Report on vaccination in the Province of Bengal - 1869-1873
Year: 1869
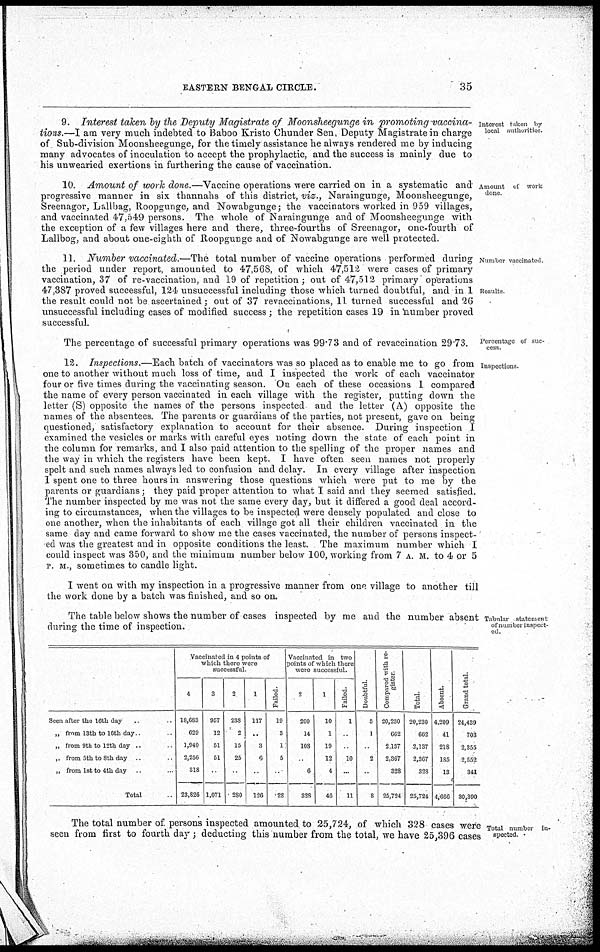
EASTERN BENGAL CIRCLE.
35
Interest taken by
local authorities.
9. Interest taken by the Deputy Magistrate of Moonsheegunge in promoting vaccina-
tions.—I am very much indebted to Baboo Kristo Chunder Sen, Deputy Magistrate in charge
of Sub-division Moonsheegunge, for the timely assistance he always rendered me by inducing
many advocates of inoculation to accept the prophylactic, and the success is mainly due to
his unwearied exertions in furthering the cause of vaccination.
Amount of work
done
10. Amount of work done.—Vaccine operations were carried on in a systematic and
progressive manner in six thannahs of this district, viz., Naraingunge, Moonsheegunge,
Sreenagor, Lallbag, Roopgunge, and Nowabgunge; the vaccinators worked in 959 villages,
and vaccinated 47,549 persons. The whole of Naraingunge and of Moonsheegunge with
the exception of a few villages here and there, three-fourths of Sreenagor, one-fourth of
Lallbog, and about one-eighth of Roopgunge and of Nowabgunge are well protected.
Number vaccinated.
Results
11. Number vaccinated.—The total number of vaccine operations performed during
the period under report, amounted to 47,568, of which 47,512 were cases of primary
vaccination, 37 of re-vaccination, and 19 of repetition; out of 47,512 primary operations
47,387 proved successful, 124 unsuccessful including those which turned doubtful, and in 1
the result could not be ascertained; out of 37 revaccinations, 11 turned successful and 26
unsuccessful including cases of modified success ; the repetition cases 19 in number proved
successful.
Percentage of suc-
cess
The percentage of successful primary operations was 99.73 and of revaccination 29.73.
Inspections.
12. Inspections.—Each batch of vaccinators was so placed as to enable me to go from
one to another without much loss of time, and I inspected the work of each vaccinator
four or five times during the vaccinating season. On each of these occasions 1 compared
the name of every person vaccinated in each village with the register, putting down the
letter (S) opposite the names of the persons inspected and the letter (A) opposite the
names of the absentees. The parents or guardians of the parties, not present, gave on being
questioned, satisfactory explanation to account for their absence. During inspection I
examined the vesicles or marks with careful eyes noting down the state of each point in
the column for remarks, and I also paid attention to the spelling of the proper names and
the way in which the registers have been kept. I have often seen names not properly
spelt and such names always led to confusion and delay. In every village after inspection
I spent one to three hours in answering those questions which were put to me by the
parents or guardians; they paid proper attention to what I said and they seemed satisfied.
The number inspected by me was not the same every day, but it differed a good deal accord-
ing to circumstances, when the villages to be inspected were densely populated and close to
one another, when the inhabitants of each village got all their children vaccinated in the
same day and came forward to show me the cases vaccinated, the number of persons inspect-
ed was the greatest and in opposite conditions the least. The maximum number which I
could inspect was 350, and the minimum number below 100, working from 7 A. M. to 4 or 5
P. M., sometimes to candle light.
I went on with my inspection in a progressive manner from one village to another till
the work done by a batch was finished, and so on.
Tabular statement
of number inspect-
ed.
The table below shows the number of cases inspected by me and the number absent
during the time of inspection.
Seen after the 16th day ..
„ from 13th to 16th day ...
„ from 9th to 12th day ..
„ from 5th to 8th day ... ...
„ from 1st to 4th day ... ...
Total ...
Vaccinated in 4 points of
which there were
successful
4
18,683
629
1,940
2,256
318
23,826
3
957
12
51
51
...
1,071
2
238
2
15
25
...
280
1
117
...
3
6
...
126
Failed.
19
3
1
5
...
28
Vaccinated in two
points of which there
were successful.
2
200
14
108
...
6
328
1
10
1
19
12
4
46
Failed.
1
...
...
10
...
11
Doubtful.
5
1
...
2
...
8
Compared with re-
gister
20,230
662
2,137
2,367
328
25,724
Total.
20,230
662
2,137
2,367
328
25,724
Absent.
4,209
41
218
185
13
4,666
Grand total.
24,439
703
2,355
2,552
341
30,390
Total number in-
spected.
The total number of persons inspected amounted to 25,724, of which 328 cases were
seen from first to fourth day ; deducting this number from the total, we have 25,396 cases